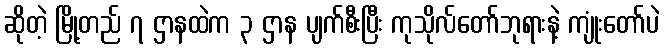
ဆိုတဲ့ မြို့တည် ၇ ဌာနထဲက ၃ ဌာန ပျက်စီးပြီး ကုသိုလ်တော်ဘုရားနဲ့ ကျုံးတော်ပဲ